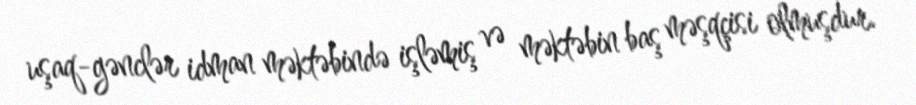
uşaq-gənclər idman məktəbində işləmiş və məktəbin baş məşqçisi olmuşdur.